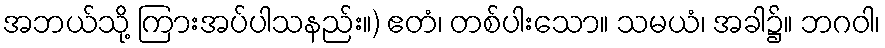
အဘယ်သို့ ကြားအပ်ပါသနည်း။) ဧတံ၊ တစ်ပါးသော။ သမယံ၊ အခါ၌။ ဘဂဝါ၊